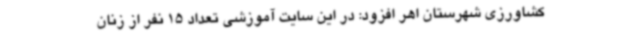
کشاورزی شهرستان اهر افزود: در این سایت آموزشی تعداد 15 نفر از زنان